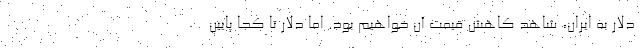
دلار به ایران، شاهد کاهش قیمت آن خواهیم بود. اما دلار تا کجا پایین